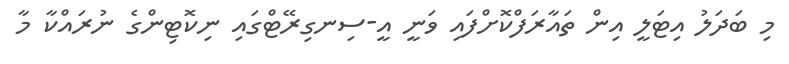
މި ބަދަލު އިޓަލީ އިން ތައާރަފްކޮށްފައި ވަނީ އީ-ސިނގިރޭޓްގައި ނިކޮޓިންގެ ނުރައްކާ މާ